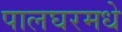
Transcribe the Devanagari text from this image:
पालघरमधे